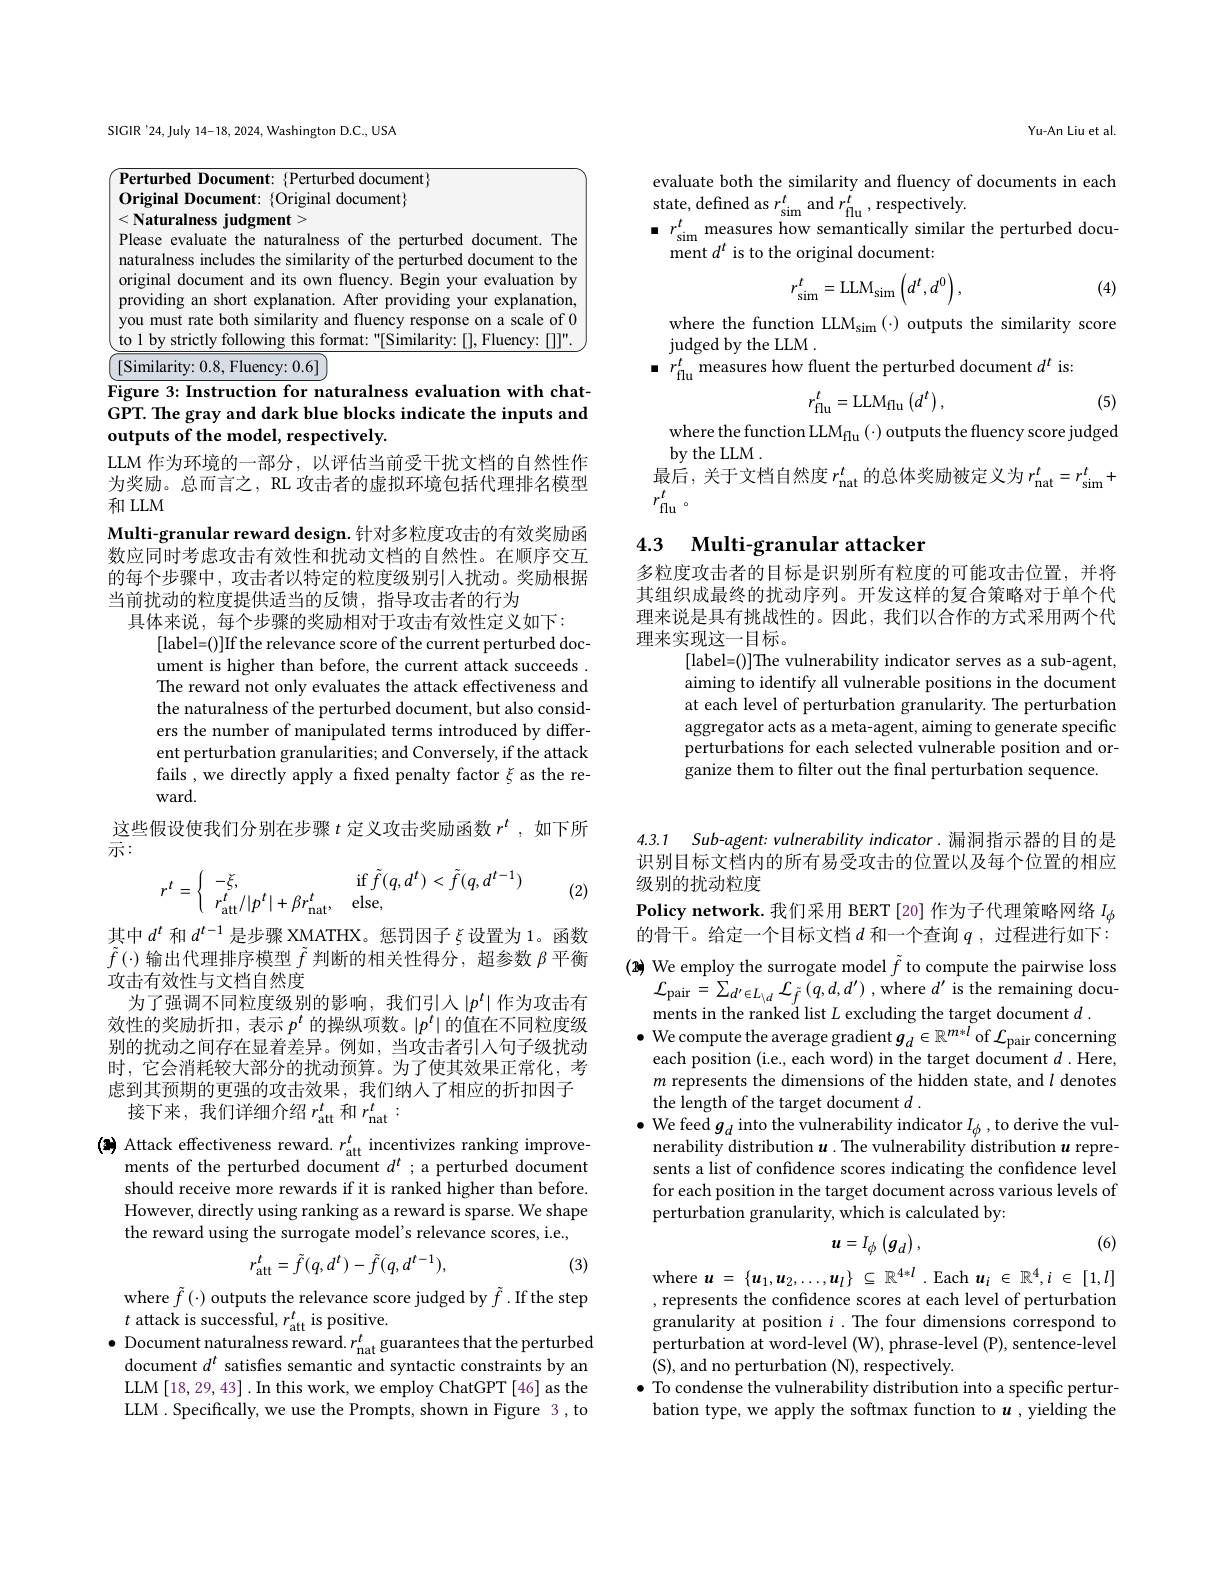
SIGIR'24,July 14-18, 2024, Washington D.C., USA

Figure 3: Instruction for naturalness evaluation with chatGPT. The gray and dark blue blocks indicate the inputs and outputs of the model, respectively.

LLM 作为环境的一部分，以评估当前受干扰文档的自然性作为奖励。总而言之，RL 攻击者的虚拟环境包括代理排名模型和 LLM
Multi-granular reward design. 针对多粒度攻击的有效奖励函数应同时考虑攻击有效性和扰动文档的自然性。在顺序交互的每个步骤中，攻击者以特定的粒度级别引入扰动。奖励根据当前扰动的粒度提供适当的反馈，指导攻击者的行为
具体来说，每个步骤的奖励相对于攻击有效性定义如下：

[label=()]If the relevance score of the current perturbed document is higher than before, the current attack succeeds . The reward not only evaluates the attack effectiveness and the naturalness of the perturbed document, but also considers the number of manipulated terms introduced by different perturbation granularities; and Conversely, if the attack fails , we directly apply a fixed penalty factor $\xi$ as the reward.
这些假设使我们分别在步骤$t$定义攻击奖励函数$r^t$,如下所

示：

(2)
$$r^t=\left\{\begin{array}{ll}-\xi,&\quad\mathrm{if}\:\tilde{f}(q,d^t)<\tilde{f}(q,d^{t-1})\\r_{\mathrm{att}}^t/|p^t|+\beta r_{\mathrm{nat}}^t,&\quad\mathrm{else},\end{array}\right.$$
其中$d^t$和$d^{t-1}$是步骤 XMATHX。惩罚因子$\xi$设置为 1。函数$\tilde{f}\left(\cdot\right)$输出代理排序模型$\tilde{f}$判断的相关性得分，超参数$\beta$平衡攻击有效性与文档自然度
为了强调不同粒度级别的影响，我们引人$\left|p^t\right|$作为攻击有效性的奖励折扣，表示$p^t$的操纵项数。$|p^t|$的值在不同粒度级别的扰动之间存在显着差异。例如，当攻击者引入句子级扰动时，它会消耗较大部分的扰动预算。为了使其效果正常化，考虑到其预期的更强的攻击效果，我们纳人了相应的折扣因子接下来，我们详细介绍$r_\mathrm{att}^t$和$r_\mathrm{nat}^t:$

(3) Attack effectiveness reward. $r_\mathrm{att}^{t}$ incentivizes ranking improve-
ments of the perturbed document $d^t$ ;a perturbed document should receive more rewards if it is ranked higher than before. However, directly using ranking as a reward is sparse. We shape the reward using the surrogate model's relevance scores, i.e.,
$$r_{\mathrm{att}}^t=\tilde{f}(q,d^t)-\tilde{f}(q,d^{t-1}),$$
(3)

where $\tilde{f}\left(\cdot\right)$ outputs the relevance score judged by $\tilde{f}.$ If the step
$t$ attack is successful, $r_\mathrm{att}^{t}$ is positive.
Document naturalness reward. $r_{\mathrm{nat}}^{t}$guarantees that the perturbed document $d^{t}$ satisfies semantic and syntactic constraints by an LLM [18,29,43] .In this work, we employ ChatGPT [46] as the LLM. Specifically, we use the Prompts, shown in Figure 3, to

Yu-An Liu et al.

evaluate both the similarity and fluency of documents in each
state, defined as $r_\mathrm{sim}^{t}$ and $r_\mathrm{flu}^{t}$, respectively.
$\bullet$ $r_{\mathrm{sim}}^{t}$ measures how semantically similar the perturbed docu-
ment $d^t$ is to the original document:

(4)
$$r_{\mathrm{sim}}^t=\mathrm{LLM}_{\mathrm{sim}}\left(d^t,d^0\right),$$
where the function LLM$_\mathrm{sim}\left(\cdot\right)$ outputs the similarity score
judged by the LLM .
$\bullet~r_{\mathrm{flu}}^{t}$ measures how fluent the perturbed document $d^t$ is:
$$r_{\mathrm{flu}}^t=\mathrm{LLM}_{\mathrm{flu}}\left(d^t\right),$$
(5)

where the function LLM$_\mathrm{flu}\left(\cdot\right)$ outputs the fluency score judged
by the LLM .
最后，关于文档自然度$r_\mathrm{nat}^t$的总体奖励被定义为$r_\mathrm{nat}^t=r_\mathrm{sim}^t+$
$r_\mathrm{flu}^t$ 。

## 4.3 $\textbf{Multi- granular attacker}$

多粒度攻击者的目标是识别所有粒度的可能攻击位置，并将其组织成最终的扰动序列。开发这样的复合策略对于单个代理来说是具有挑战性的。因此，我们以合作的方式采用两个代理来实现这一目标。
[label=()]The vulnerability indicator serves as a sub-agent aiming to identify all vulnerable positions in the document at each level of perturbation granularity. The perturbation aggregator acts as a meta-agent, aiming to generate specific perturbations for each selected vulnerable position and organize them to filter out the final perturbation sequence.

4.3.1 Sub-agent: vulnerability indicator. 漏洞指示器的目的是

识别目标文档内的所有易受攻击的位置以及每个位置的相应
级别的扰动粒度

Policy network. 我们采用 BERT [20] 作为子代理策略网络$I_\phi$ 的骨干。给定一个目标文档$d$和一个查询$q$ ,过程进行如下： (2) We employ the surrogate model $\tilde{f}$ to compute the pairwise loss
$\mathcal{L}_{\mathrm{pair}}=\sum_{d^{\prime}\in L_{\setminus d}}\mathcal{L}_{\tilde{f}}\left(q,d,d^{\prime}\right)$,where $d^\prime$ is the remaining docu-
ments in the ranked list $L$ excluding the target document $d.$
$\bullet$ We compute the average gradient $g_d\in\mathbb{R}^{m*l}$ of $\mathcal{L}_\mathrm{pair}$ concerning
each position (i.e., each word) in the target document $d.$ Here, $m$ represents the dimensions of the hidden state, and $l$ denotes the length of the target document $d.$
$\bullet$ We feed $g_d$ into the vulnerability indicator $I_\phi$, to derive the vulnerability distribution $u$ . The vulnerability distribution $u$ represents a list of confidence scores indicating the confidence level for each position in the target document across various levels of perturbation granularity, which is calculated by:
$$\boldsymbol{u}=I_{\phi}\:(\boldsymbol{g}_{d})\:,$$
(6)

where $u=\{\boldsymbol{u}_1,\boldsymbol{u}_2,\ldots,\boldsymbol{u}_l\}\subseteq\mathbb{R}^{4*l}$.Each $\boldsymbol u_i\in\mathbb{R}^4,i\in[1,l]$ , represents the confidence scores at each level of perturbation granularity at position $i$ .The four dimensions correspond to perturbation at word-level (W), phrase-level (P), sentence-level (S), and no perturbation (N), respectively.
$\bullet$ To condense the vulnerability distribution into a specific perturbation type, we apply the softmax function to $u^{1}$, yielding the